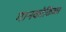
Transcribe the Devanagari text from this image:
गानकोकिळा